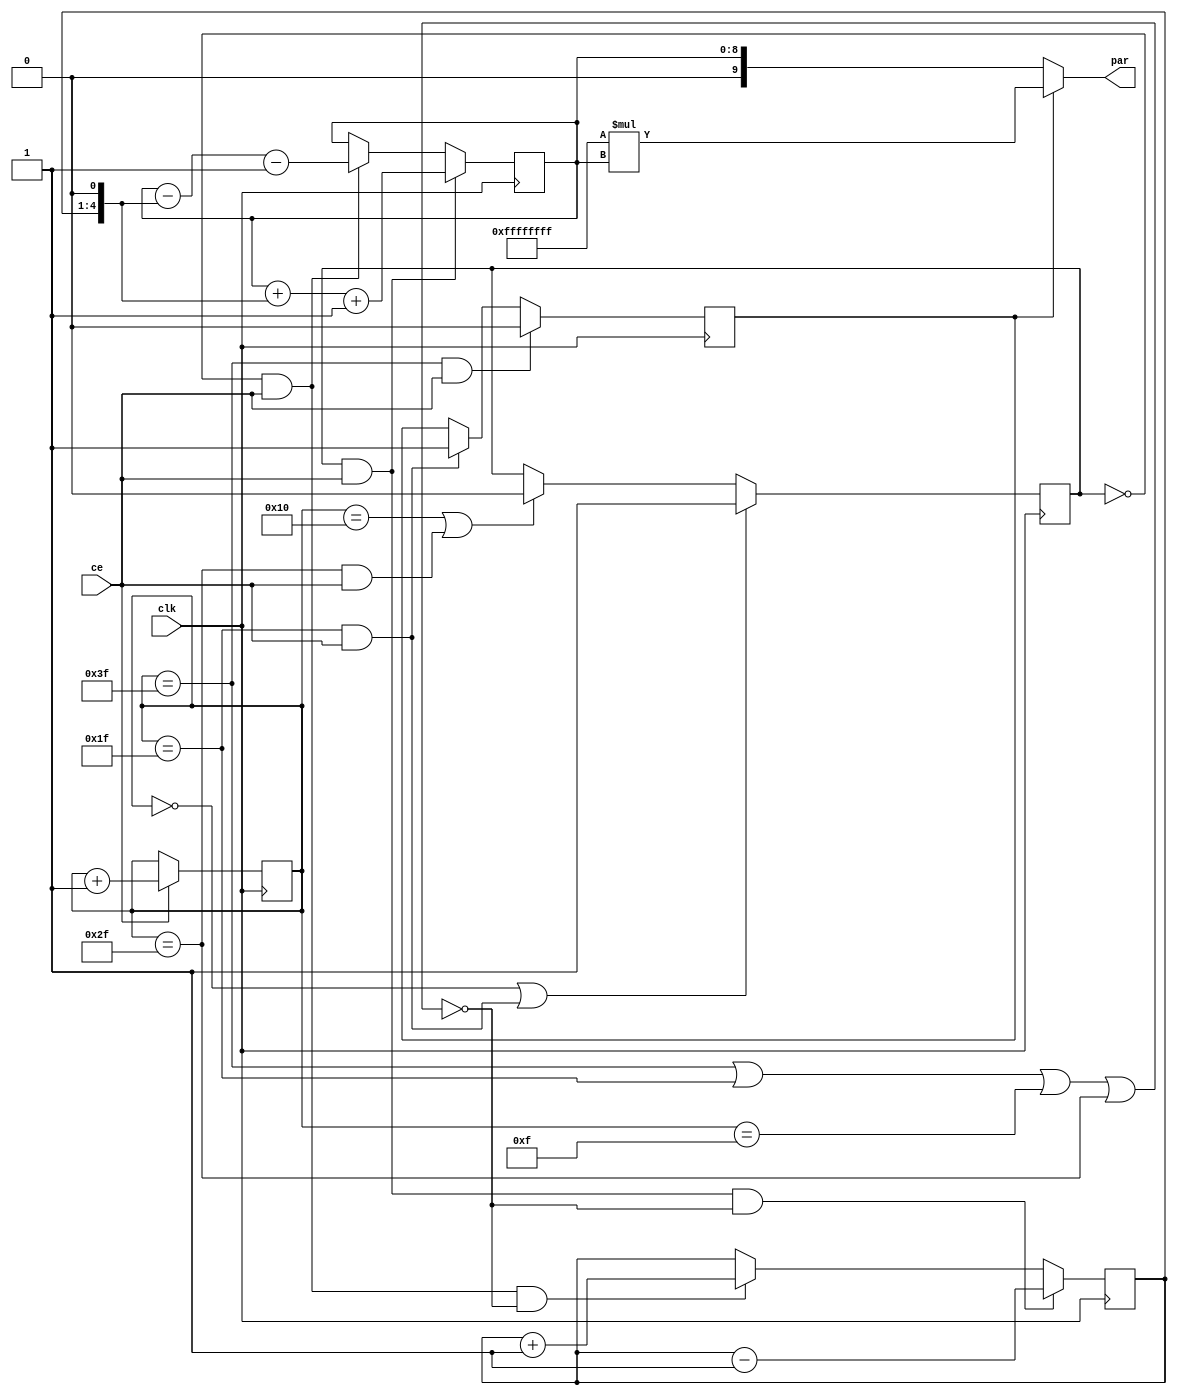
module Gen_parabola_trans (
    input clk,
    input ce,
    output wire [9:0]par
    ); 

    //parameter A = 256; //
    //parameter period = 64;

    reg [3:0]x = 4'hF;

    reg up = 1;
    reg sign = 0;//  "0"<->"+"

    //reg t_en_shift = 0;

    reg [5:0]cn_period = 0;

    reg [8:0]mod_par = 0;
    wire change = ~((cn_period == 6'd63) | (cn_period == 6'd31) | (cn_period == 6'd15) | (cn_period == 6'd47));

    assign par = sign ? -1 * mod_par : mod_par;
    
    always @(posedge clk)
    begin
        cn_period <= ce ? cn_period + 1 : cn_period;
        up <= ((cn_period == 0) | (cn_period == 6'd31) & ce) ? 1 : ((cn_period == 6'd16) | (cn_period == 6'd47) & ce) ? 0 : up;
        sign <= ((cn_period == 6'd63)  & ce) ? 0 : ((cn_period == 6'd31)  & ce) ? 1 : sign;
        //t_en_shift <= en_shift;
        x <= (up & ce & change) ? x - 1 : (~up & ce & change) ? x + 1 : x;
        mod_par <= (up & ce) ? mod_par + (x<<1) + 1 : (~up & ce) ? mod_par - (x<<1) - 1 : mod_par;
    end

    

endmodule